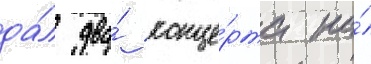
да́л два́ конце́рта на́